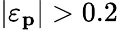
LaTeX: |\varepsilon_{\mathbf{p}}|>0.2